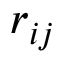
r _ { i j }